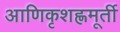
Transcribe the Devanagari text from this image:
आणिकृशह्णमूर्ती